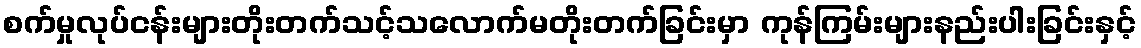
စက်မှုလုပ်ငန်းများတိုးတက်သင့်သလောက်မတိုးတက်ခြင်းမှာ ကုန်ကြမ်းများနည်းပါးခြင်းနှင့်